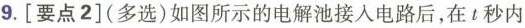
9.[要点2](多选)如图所示的电解池接人电路后，在t秒内